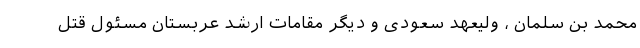
محمد بن سلمان ، ولیعهد سعودی و دیگر مقامات ارشد عربستان مسئول قتل